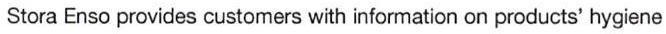
Stora Enso provides customers with information on products' hygiene